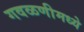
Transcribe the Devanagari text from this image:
गवळणीमध्ये